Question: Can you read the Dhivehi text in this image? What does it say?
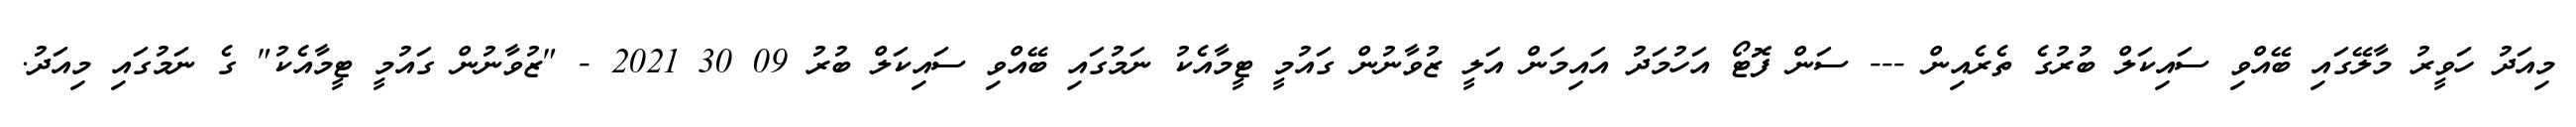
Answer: މިއަދު ހަވީރު މާލޭގައި ބޭއްވި ސައިކަލް ބުރުގެ ތެރެއިން --- ސަން ފޮޓޯ އަހުމަދު އައިމަން އަލީ ޒުވާނުން ގައުމީ ޓީމާއެކު ނަމުގައި ބޭއްވި ސައިކަލް ބުރު 09 30 2021 - "ޒުވާނުން ގައުމީ ޓީމާއެކު" ގެ ނަމުގައި މިއަދު.